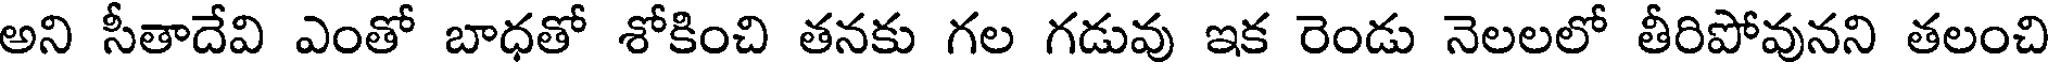
అని సీతాదేవి ఎంతో బాధతో శోకించి తనకు గల గడువు ఇక రెండు నెలలలో తీరిపోవునని తలంచి